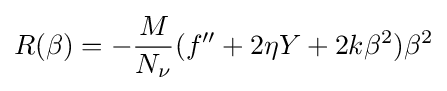
R(\beta )=-{\frac {M}{N_{\nu }}}(f''+2\eta Y+2k\beta ^{2})\beta ^{2}